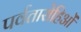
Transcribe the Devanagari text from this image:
पर्वतारोहिओं